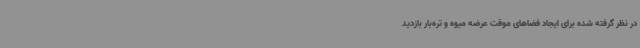
در نظر گرفته شده برای ایجاد فضاهای موقت عرضه میوه و تره‌بار بازدید